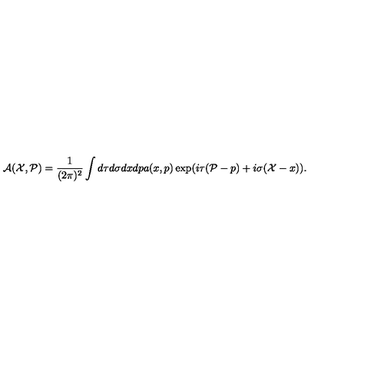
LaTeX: { \cal A } ( { \cal X } , { \cal P } ) = \frac { 1 } { ( 2 \pi ) ^ { 2 } } \int d \tau d \sigma d x d p a ( x , p ) \exp ( i \tau ( { \cal P } - p ) + i \sigma ( { \cal X } - x ) ) .